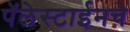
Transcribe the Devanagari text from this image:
पॅलेस्टाईनचे